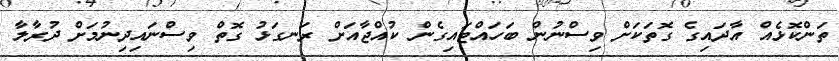
ތަންކޮޅެއް އާދައިގެ ގޮތަކަށް ވިސްނުން ބަހައްޓައިގެން ކުއްޖާއަށް ރަނގަޅު ގޮތް ވިސްނައިދިނުމަށް ދުރާލާ